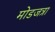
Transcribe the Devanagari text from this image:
मोडजत्रा